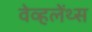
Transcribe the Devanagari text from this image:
वेव्हलेंथ्स